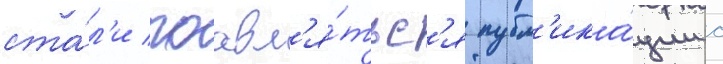
ста́л'и поавл'я́тьс'я публ'ика́ции с